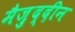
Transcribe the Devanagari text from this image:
मैज़ुद्दीन